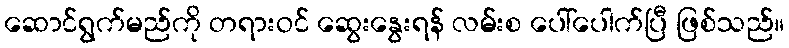
ဆောင်ရွက်မည်ကို တရားဝင် ဆွေးနွေးရန် လမ်းစ ပေါ်ပေါက်ပြီ ဖြစ်သည်။